Civil Veterinary Dept. Bombay admin report 1907-1913 - 1907-1913
Year: 1907
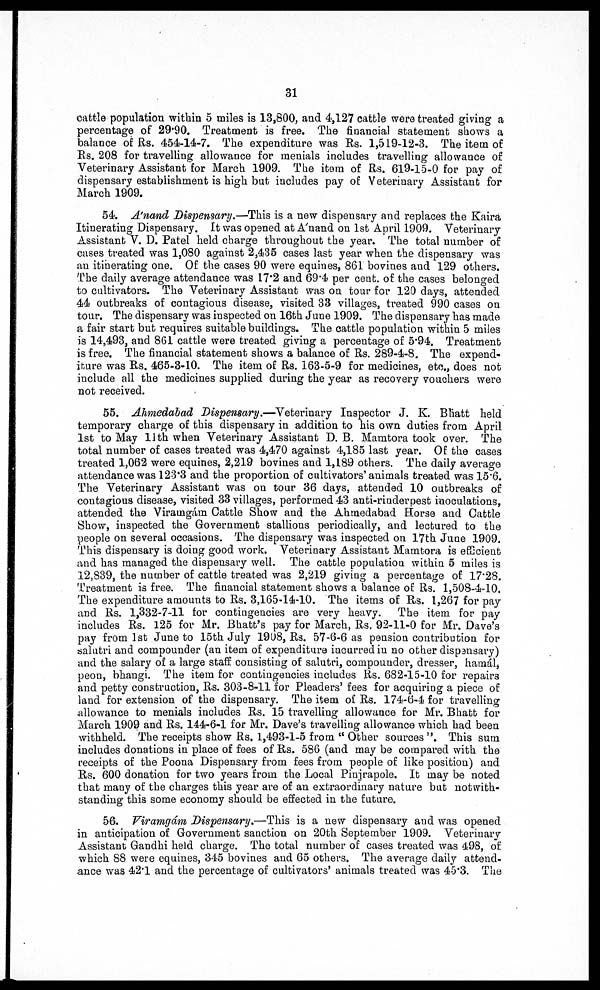
31
cattle population within 5 miles is 13,800, and 4,127 cattle were treated giving a
percentage of 29.90. Treatment is free. The financial statement shows a
balance oil Rs. 454-14-7. The expenditure was Rs. 1,519-12-3. The item of
Rs. 208 for travelling allowance for menials includes travelling allowance of
Veterinary Assistant for March 1909. The item of Rs. 619-15-0 for pay of
dispensary establishment is high but includes pay of Veterinary Assistant for
March 1909.
54. A'nand Dispensary.—This is a new dispensary and replaces the Kaira
Itinerating Dispensary. It was opened at A'nand on 1st April 1909. Veterinary
Assistant V. D. Patel held charge throughout the year. The total number of
cases treated was 1,080 against 2,435 cases last year when the dispensary was
an itinerating one. Of the cases 90 were equines, 861 bo vines and 129 others.
The daily average attendance was 17.2 and 69.4 per cent, of the cases belonged
to cultivators. The Veterinary Assistant was on tour for 120 days, attended
44 outbreaks of contagious disease, visited 33 villages, treated 990 cases on
tour. The dispensary was inspected on 16th June 1909. The dispensary has made
a fair start but requires suitable buildings. The cattle population within 5 miles
is 14,493, and 861 cattle were treated giving a percentage of 5.94. Treatment
is free. The financial statement shows a balance of Rs. 289-4-8. The expend-
iture was Rs. 465-3-10. The item of Rs. 163-5-9 for medicines, etc., does not
include all the medicines supplied during the year as recovery vouchers were
not received.
55. Ahmedabad Dispensary.—Veterinary Inspector J. K. Bhatt held
temporary charge of this dispensary in addition to his own duties from April
1st to May 11th when Veterinary Assistant D. B. Mamtora took over. The
total number of cases treated was 4,470 against 4,185 last year. Of the cases
treated 1,062 were equines, 2,219 bovines and 1,189 others. The daily average
attendance was 123.3 and the proportion of cultivators'animals treated was 15.6.
The Veterinary Assistant was on tour 36 days, attended 10 outbreaks of
contagious disease, visited 33 villages, performed 43 anti-rinderpest inoculations,
attended the Viramgám Cattle Show and the Ahmedabad Horse and Cattle
Show, inspected the Government stallions periodically, and lectured to the
people on several occasions. The dispensary was inspected on 17th June 1909.
This dispensary is doing good work. Veterinary Assistant Mamtora is efficient
and has managed the dispensary well. The cattle population within 5 miles is
12,839, the number of cattle treated was 2,219 giving a percentage of 17.28.
Treatment is free. The financial statement shows a balance of Rs. 1,508-4-10.
The expenditure amounts to Rs. 3,165-14-10. The items of Rs. 1,267 for pay
and Rs. 1,332-7-11 for contingencies are very heavy. The item for pay
includes Rs. 125 for Mr. Bhatt's pay for March, Rs. 92-11-0 for Mr. Dave's
pay from 1st June to 15th July 1908, Rs. 57-6.6 as pension contribution for
salutri and compounder (an item of expenditure incurred in no other dispansary)
and the salary of a large staff consisting of salutri, compounder, dresser,
hamal,P
and petty construction, Rs. 303-8-11 for Pleaders' fees for acquiring a piece of
land for extension of the dispensary. The item of Rs. 174-6-4 for travelling
allowance to menials includes Rs. 15 travelling allowance for Mr. Bhatt for
March 1909 and Rs. 144-6-1 for Mr. Dave's travelling allowance which had been
withheld. The receipts show Rs, 1,493-1-5 from " Other sources ". This sum
includes donations in place of fees of Rs. 586 (and may be compared with the
receipts of the Poona Dispensary from fees from people of like position) and
Rs. 600 donation for two years from the Local Pinjrapole. It may be noted
that many of the charges this year are of an extraordinary nature but notwith-
standing this some economy should be effected in the future.
56. Viramgám Dispensary,—This is a new dispensary and was opened
in anticipation of Government sanction on 20th September 1909. Veterinary
Assistant Gandhi held charge. The total number of cases treated was 498, of
which 88 were equines, 345 bovines and 65 others. The average daily attend-
ance was 42.1 and the percentage of cultivators' animals treated was 45*3. The